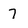
Character: 7